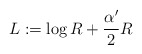
\begin{align*}L:=\log R+\frac{\alpha'}{2}R \end{align*}